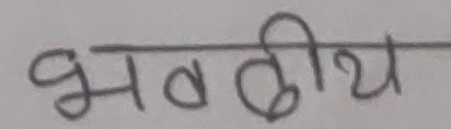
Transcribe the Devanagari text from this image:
भवदीय